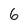
Character: 6